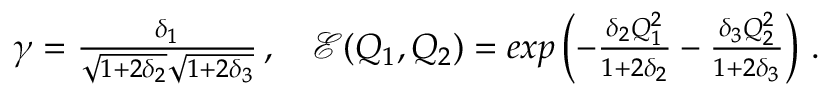
\begin{array} { r } { \gamma = \frac { \delta _ { 1 } } { \sqrt { 1 + 2 \delta _ { 2 } } \sqrt { 1 + 2 \delta _ { 3 } } } \, , \quad { \mathcal { E } } ( Q _ { 1 } , Q _ { 2 } ) = e x p \left( - \frac { \delta _ { 2 } Q _ { 1 } ^ { 2 } } { 1 + 2 \delta _ { 2 } } - \frac { \delta _ { 3 } Q _ { 2 } ^ { 2 } } { 1 + 2 \delta _ { 3 } } \right) \, . } \end{array}